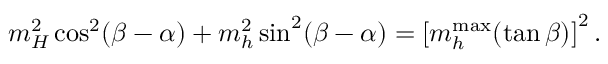
m _ { H } ^ { 2 } \cos ^ { 2 } ( \beta - \alpha ) + m _ { h } ^ { 2 } \sin ^ { 2 } ( \beta - \alpha ) = \left[ m _ { h } ^ { \mathrm { m a x } } ( \tan \beta ) \right] ^ { 2 } .